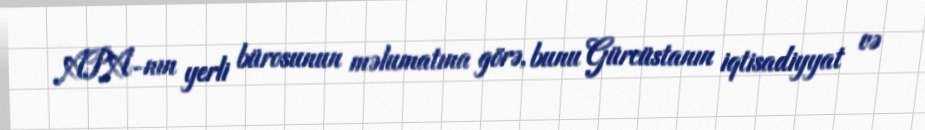
APA-nın yerli bürosunun məlumatına görə, bunu Gürcüstanın iqtisadiyyat və